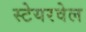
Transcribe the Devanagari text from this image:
स्टेयरवेल